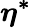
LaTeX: \boldsymbol{\eta^{*}}